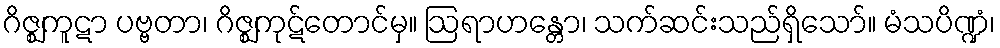
ဂိဇ္ဈကူဋာ ပဗ္ဗတာ၊ ဂိဇ္ဈကုဋ်တောင်မှ။ ဩရာဟန္တော၊ သက်ဆင်းသည်ရှိသော်။ မံသပိဏ္ဍံ၊